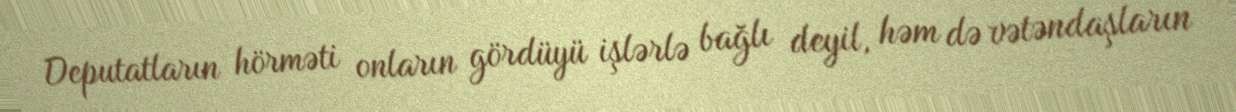
Deputatların hörməti onların gördüyü işlərlə bağlı deyil, həm də vətəndaşların